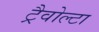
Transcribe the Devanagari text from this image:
ट्रैवोल्टा